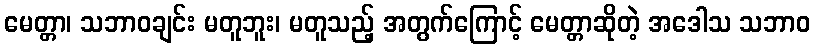
မေတ္တာ၊ သဘာဝချင်း မတူဘူး၊ မတူသည့် အတွက်ကြောင့် မေတ္တာဆိုတဲ့ အဒေါသ သဘာဝ